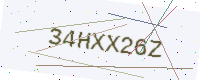
Text: 34HXX26Z